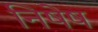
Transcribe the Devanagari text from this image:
निषेष